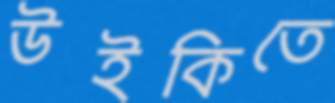
উইকিতে